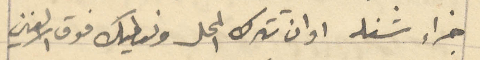
جزاء شغله او ان تترك المحل ونعطيك فوق الالفين